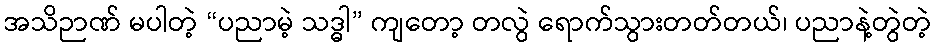
အသိဉာဏ် မပါတဲ့ “ပညာမဲ့ သဒ္ဓါ” ကျတော့ တလွဲ ရောက်သွားတတ်တယ်၊ ပညာနဲ့တွဲတဲ့